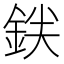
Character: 𬫒